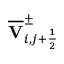
\overline { { \mathbf { V } } } _ { i , j + \frac { 1 } { 2 } } ^ { \pm }